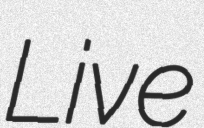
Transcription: Live